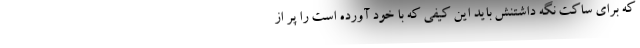
که برای ساکت نگه داشتنش باید این کیفی که با خود آورده است را پر از